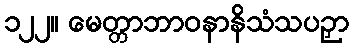
၁၂၂။ မေတ္တာဘာဝနာနိသံသပဉှာ